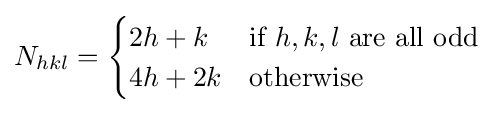
N_{hkl}={\begin{cases}2h+k&{\text{if }}h,k,l{\text{ are all odd}}\\4h+2k&{\text{otherwise}}\end{cases}}